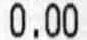
0.00